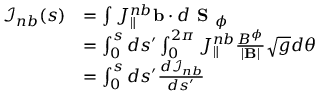
\begin{array} { r l } { \mathcal { I } _ { n b } ( s ) } & { = \int { J _ { \| } ^ { n b } \mathbf { b } \cdot d \textbf { S } _ { \phi } } } \\ & { = \int _ { 0 } ^ { s } d s ^ { \prime } \int _ { 0 } ^ { 2 \pi } { J _ { \| } ^ { n b } \frac { B ^ { \phi } } { | \mathbf { B } | } \sqrt { g } d \theta } } \\ & { = \int _ { 0 } ^ { s } d s ^ { \prime } \frac { d \mathcal { I } _ { n b } } { d s ^ { \prime } } } \end{array}